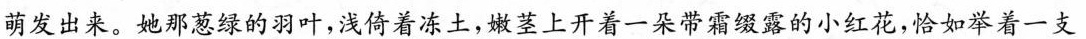
萌发出来。她那葱绿的羽叶，浅倚着冻土，嫩茎上开着一朵带霜缀露的小红花，恰如举着一支